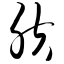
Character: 肤